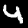
Digit: 4